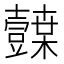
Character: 𭐛